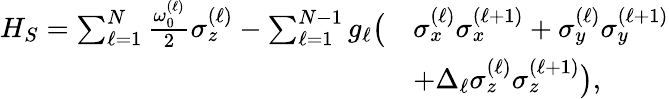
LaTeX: \begin{array}{rl}{H_{S}=\sum_{\ell=1}^{N}\frac{\omega_{0}^{(\ell)}}{2}{\sigma}_{z}^{(\ell)}-\sum_{\ell=1}^{N-1}g_{\ell}\big(}&{{\sigma}_{x}^{(\ell)}{\sigma}_{x}^{(\ell+1)}+{\sigma}_{y}^{(\ell)}{\sigma}_{y}^{(\ell+1)}}\\ &{+\Delta_{\ell}{\sigma}_{z}^{(\ell)}{\sigma}_{z}^{(\ell+1)}\big),}\end{array}